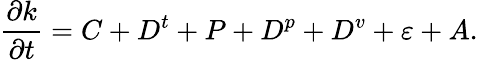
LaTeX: \frac{\partial k}{\partial t}=C+D^{t}+P+D^{p}+D^{v}+\varepsilon+A.